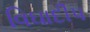
વિઘાદીપ